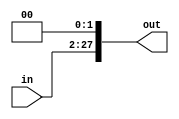
module ShiftLeft26 (input [25:0] in,output [27:0] out);
  wire [25:0] temp;
  assign out = {in,2'b0};

endmodule		 

module ShiftLeft32 (input [31:0] in,output [31:0] out);
  wire [31:0] temp;
  
 // assign temp = in << 2;
  assign out = {in,2'b0};
endmodule